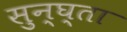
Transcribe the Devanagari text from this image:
सुन्घ्ता